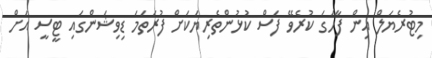
މިޓުރެޔަލް އިން ފާހަގަ ކުރެވޭ ފަސް ކުޅުންތެރިޔަކަށް ފުރަތަމަ ޑިވިޝަންގައި ޓީސީ އަށް